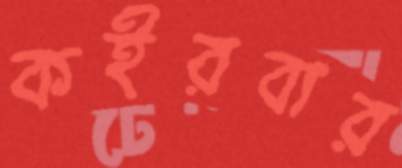
কইরবার